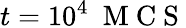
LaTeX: t=10^{4}~\mathrm{~M~C~S~}